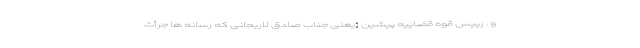
و . رییس قوه قضاییه پیشین [یعنی جناب صادق لاریجانی که رسانه ها جرأت